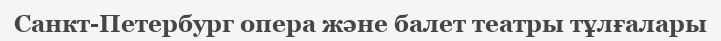
Санкт-Петербург опера және балет театры тұлғалары